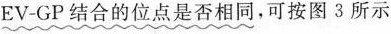
EV-GP结合的位点是否相同，可按图3所示